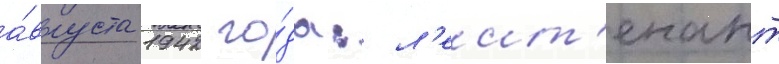
а́вгуста 1942 го́да: л'еит'енант